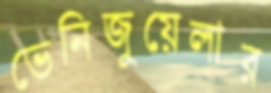
ভেনিজুয়েলার